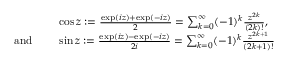
{ \begin{array} { r l } & { \cos z : = { \frac { \exp ( i z ) + \exp ( - i z ) } { 2 } } = \sum _ { k = 0 } ^ { \infty } ( - 1 ) ^ { k } { \frac { z ^ { 2 k } } { ( 2 k ) ! } } , } \\ { { \mathrm { a n d ~ } } \quad } & { \sin z : = { \frac { \exp ( i z ) - \exp ( - i z ) } { 2 i } } = \sum _ { k = 0 } ^ { \infty } ( - 1 ) ^ { k } { \frac { z ^ { 2 k + 1 } } { ( 2 k + 1 ) ! } } } \end{array} }